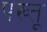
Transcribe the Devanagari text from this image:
पख्तू